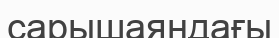
сарышаяндағы